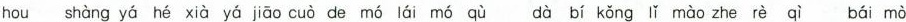
hou shàng yá héxià yá jiāo cuò de mó lái mó qù dà bí kǒng lǐ mào zhe rèqì bái mò